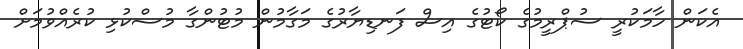
އެކަން ހާމަކުރީ ސުޕްރީމުގެ ކޯޓުގެ އިސް ފަނޑިޔާރުގެ މަގާމުން މުޓުންގާ މުސްކުޅި ކުރެއްވުމަށް